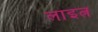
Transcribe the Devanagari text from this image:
लाइत्न